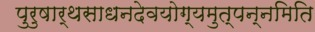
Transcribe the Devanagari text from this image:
पुरुषार्थसाधनदेवयोग्यमुत्पन्नमिति